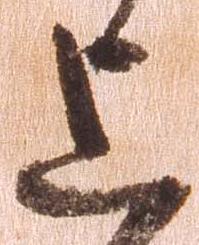
上